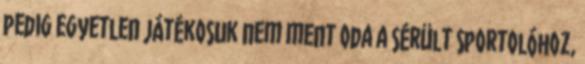
pedig egyetlen játékosuk nem ment oda a sérült sportolóhoz,